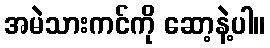
အမဲသားကင်ကို ဆော့နဲ့ပါ။